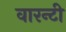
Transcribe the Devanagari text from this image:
वारन्टी